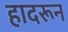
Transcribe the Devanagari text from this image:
हादरून